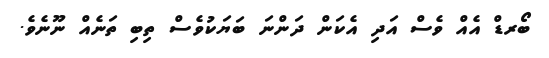
ބޯރޑް އެއް ވެސް އަދި އެކަން ދަންނަ ބަޔަކުވެސް ތިބި ތަނެއް ނޫނެވެ.